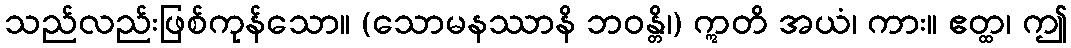
သည်လည်းဖြစ်ကုန်သော။ (သောမနဿာနိ ဘဝန္တိ၊) ဣတိ အယံ၊ ကား။ ဧတ္ထ၊ ဤ